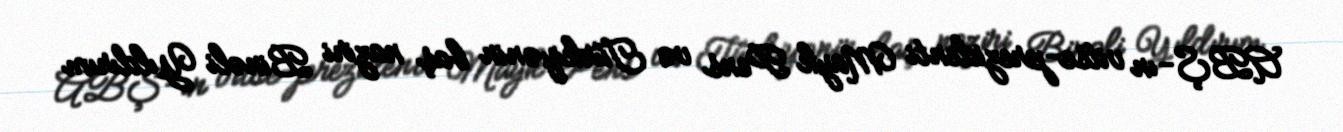
ABŞ-ın vitse-prezidenti Mayk Pens və Türkiyənin baş naziri Binəli Yıldırım